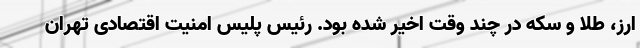
ارز، طلا و سکه در چند وقت اخیر شده بود. رئیس پلیس امنیت اقتصادی تهران